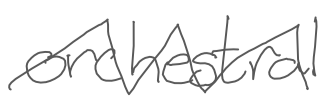
Text: orchestral
Cross-out: zig-zag
Writing tool: digital_gray